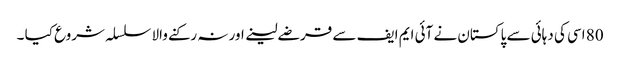
80 اسی کی دہائی سے پاکستان نے آئی ایم ایف سے قرضے لینے اور نہ رکنے والا سلسلہ شروع کیا ۔